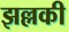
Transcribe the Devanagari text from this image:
झल्लकी